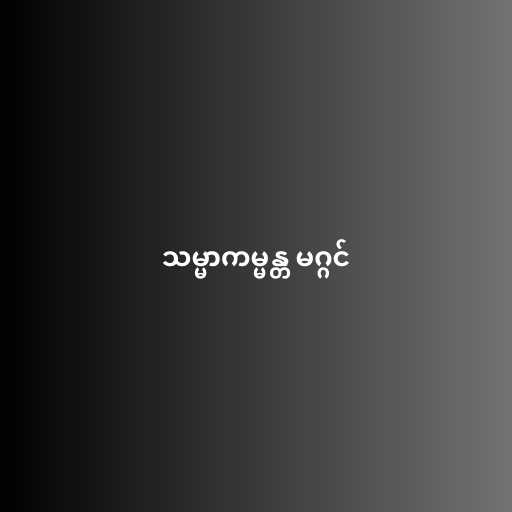
သမ္မာကမ္မန္တ မဂ္ဂင်